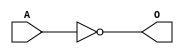
module MJINVC(A, O);
input   A;
output  O;
not g0(O, A);
endmodule